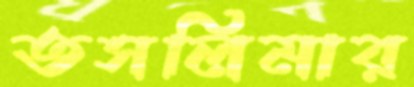
তসলিমার